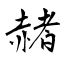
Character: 赭